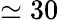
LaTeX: \simeq 30